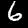
Digit: 6